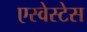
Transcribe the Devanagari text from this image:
एस्वेस्टेस